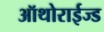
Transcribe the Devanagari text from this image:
ऑथोराईज्ड